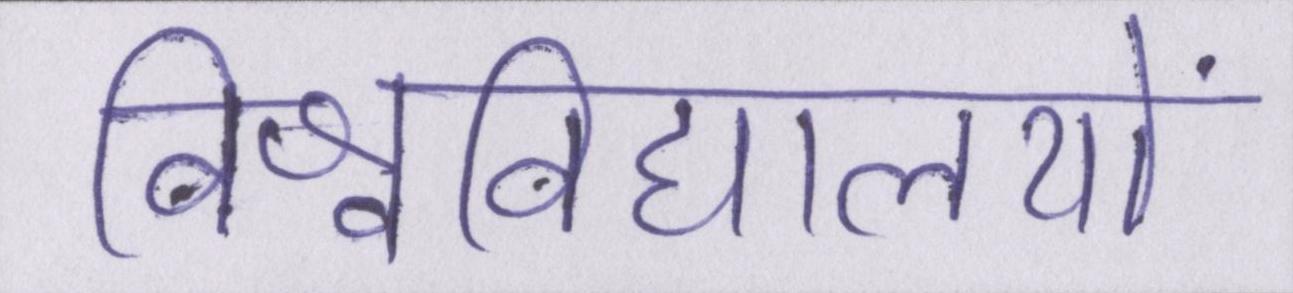
विश्वविद्यालयों